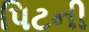
પિટની